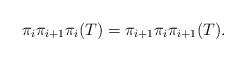
LaTeX: \begin{align*}\pi_i \pi_{i+1} \pi_i(T)=\pi_{i+1} \pi_i \pi_{i+1}(T).\end{align*}